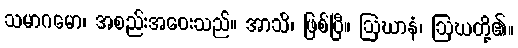
သမာဂမော၊ အစည်းအဝေးသည်။ အာသိ၊ ဖြစ်ပြီ။ ဩဃာနံ၊ ဩဃတို့၏။